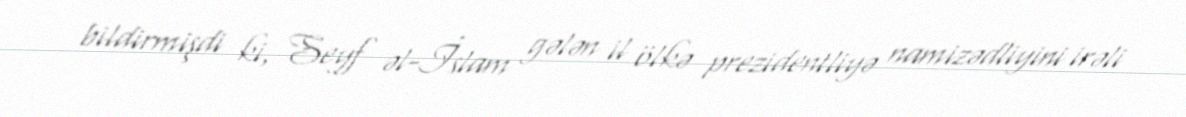
bildirmişdi ki, Seyf əl-İslam gələn il ölkə prezidentliyə namizədliyini irəli